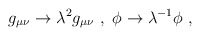
\begin{align*}g_{\mu \nu} \rightarrow \lambda^2 g_{\mu \nu} ~,~\phi \rightarrow \lambda^{-1} \phi ~,~\,\end{align*}